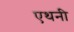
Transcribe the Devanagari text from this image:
एथनी